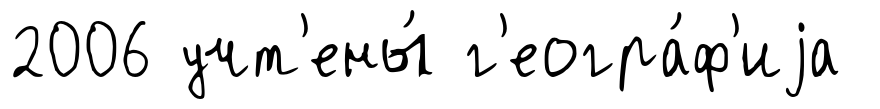
2006 учт'ены́ г'еогра́ф'иjа